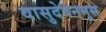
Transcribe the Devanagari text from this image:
वासुदेवनमूस